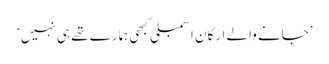
’جانے والے ارکانِ اسمبلی کبھی ہمارے تھے ہی نہیں‘